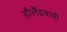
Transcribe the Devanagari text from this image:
हौलैंडवासी